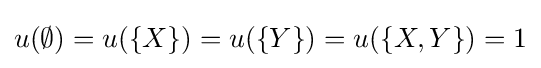
u(\emptyset )=u(\{X\})=u(\{Y\})=u(\{X,Y\})=1